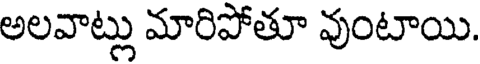
అలవాట్లు మారిపోతూ వుంటాయి.